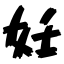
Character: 妊